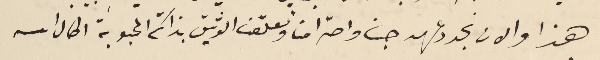
هذا والان نجدد عهد حبنا واحترامنا ونعلّق الوثيق بذاتكم المحبوبة اطال الله